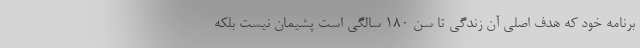
برنامه خود که هدف اصلی آن زندگی تا سن ۱۸۰ سالگی است پشیمان نیست بلکه